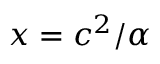
x = c ^ { 2 } / \alpha